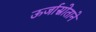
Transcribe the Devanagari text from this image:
ऊर्जास्रोताने